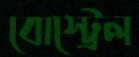
বোস্ট্রেল